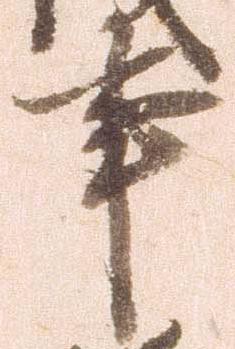
事